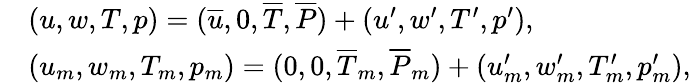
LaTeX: \begin{array}{rl}&{(u,w,T,p)=(\overline{{u}},0,\overline{{T}},\overline{{P}})+(u^{\prime},w^{\prime},T^{\prime},p^{\prime}),}\\ &{(u_{m},w_{m},T_{m},p_{m})=(0,0,\overline{{T}}_{m},\overline{{P}}_{m})+(u_{m}^{\prime},w_{m}^{\prime},T_{m}^{\prime},p_{m}^{\prime}),}\end{array}